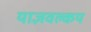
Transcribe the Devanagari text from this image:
याज्ञवल्‍कय